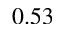
0 . 5 3